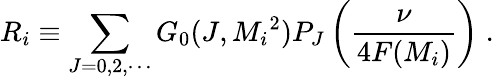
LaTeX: R_{i}\equiv\sum_{J=0,2,\cdots}G_{0}(J,{M_{i}}^{2})P_{J}\left(\frac{\nu}{4F(M_{i})}\right)\; .